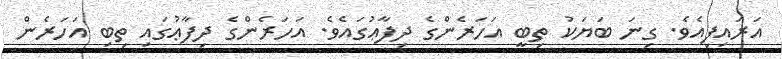
އަރައިފިއެވެ. ގިނަ ބަޔަކު ތިބީ އަހަރެންގެ ދިފާޢުގައެވެ. އަހަރެންގެ ދިފާޢުގައި ތިބި އަހަރެން